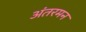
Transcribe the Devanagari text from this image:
अंतरमन